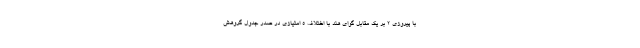
با پیروزی ۲ بر یک مقابل گوای هند با اختلاف ۵ امتیازی در صدر جدول گروهش